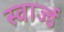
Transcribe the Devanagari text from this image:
स्वार्ज्ड